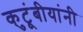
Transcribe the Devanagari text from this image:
कुटूंबीयांनी